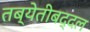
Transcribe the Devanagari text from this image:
तब्येतीबद्दल